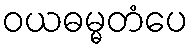
ဝယဓမ္မတံပေ